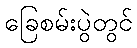
ခြေစမ်းပွဲတွင်